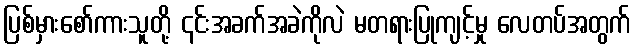
ပြစ်မှားစော်ကားသူတို့ ၎င်းအခက်အခဲကိုလဲ မတရားပြုကျင့်မှု လေတပ်အတွက်